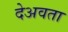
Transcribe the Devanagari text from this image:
देअवता